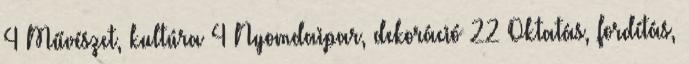
4 Művészet, kultúra 4 Nyomdaipar, dekoráció 22 Oktatás, fordítás,